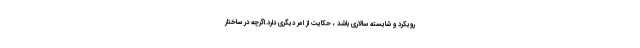
رویکرد و شایسته سالاری باشد ، حکایت از امر دیگری دارد.اگرچه در ساختار